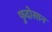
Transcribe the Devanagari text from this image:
फुदोसान